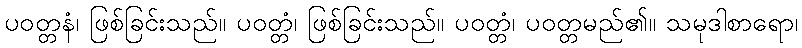
ပဝတ္တနံ၊ ဖြစ်ခြင်းသည်။ ပဝတ္တံ၊ ဖြစ်ခြင်းသည်။ ပဝတ္တံ၊ ပဝတ္တမည်၏။ သမုဒါစာရော၊